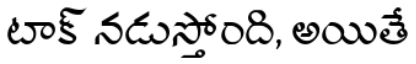
టాక్ నడుస్తోంది, అయితే